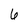
Character: 6